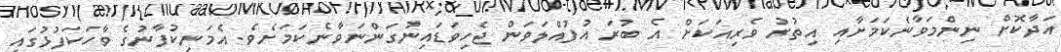
އަދާކޮށް ނިންމަވާނެކަމަށާއި އިތުރު ވެރިއަކަށް އެ ބުރަ އުފުއްލަވަން ޖެހިވަޑައިނުގަންނަވާނެކަމަށެވެ. އެމަނިކުފާނުގެ ވާހަކަފުޅުގައި